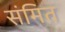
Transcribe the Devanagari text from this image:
संमित